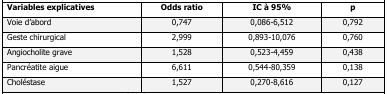
<table><thead><tr><td><b>Variables explicatives</b></td><td><b>Odds ratio</b></td><td><b>IC à 95%</b></td><td><b>p</b></td></tr></thead><tbody><tr><td>Voie d&#x27;abord</td><td>0,747</td><td>0,086-6,512</td><td>0,792</td></tr><tr><td>Geste chirurgical</td><td>2,999</td><td>0,893-10,076</td><td>0,760</td></tr><tr><td>Angiocholite grave</td><td>1,528</td><td>0,523-4,459</td><td>0,438</td></tr><tr><td>Pancréatite aigue</td><td>6,611</td><td>0,544-80,359</td><td>0,138</td></tr><tr><td>Choléstase</td><td>1,527</td><td>0,270-8,616</td><td>0,127</td></tr></tbody></table>